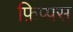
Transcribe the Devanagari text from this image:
फ़िप्पस